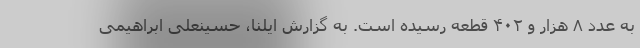
به عدد ۸ هزار و ۴۰۲ قطعه رسیده است. به گزارش ایلنا، حسینعلی ابراهیمی